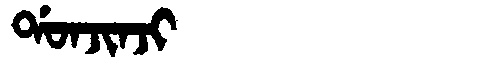
Manchu: ᡩᠣᠨᠵᡳᠨᠵᡳ
Romanization: DONJINJI